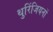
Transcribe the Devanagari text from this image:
थुरिंजियनों